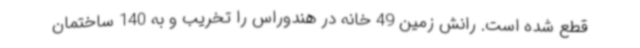
قطع شده است. رانش زمین 49 خانه در هندوراس را تخریب و به 140 ساختمان